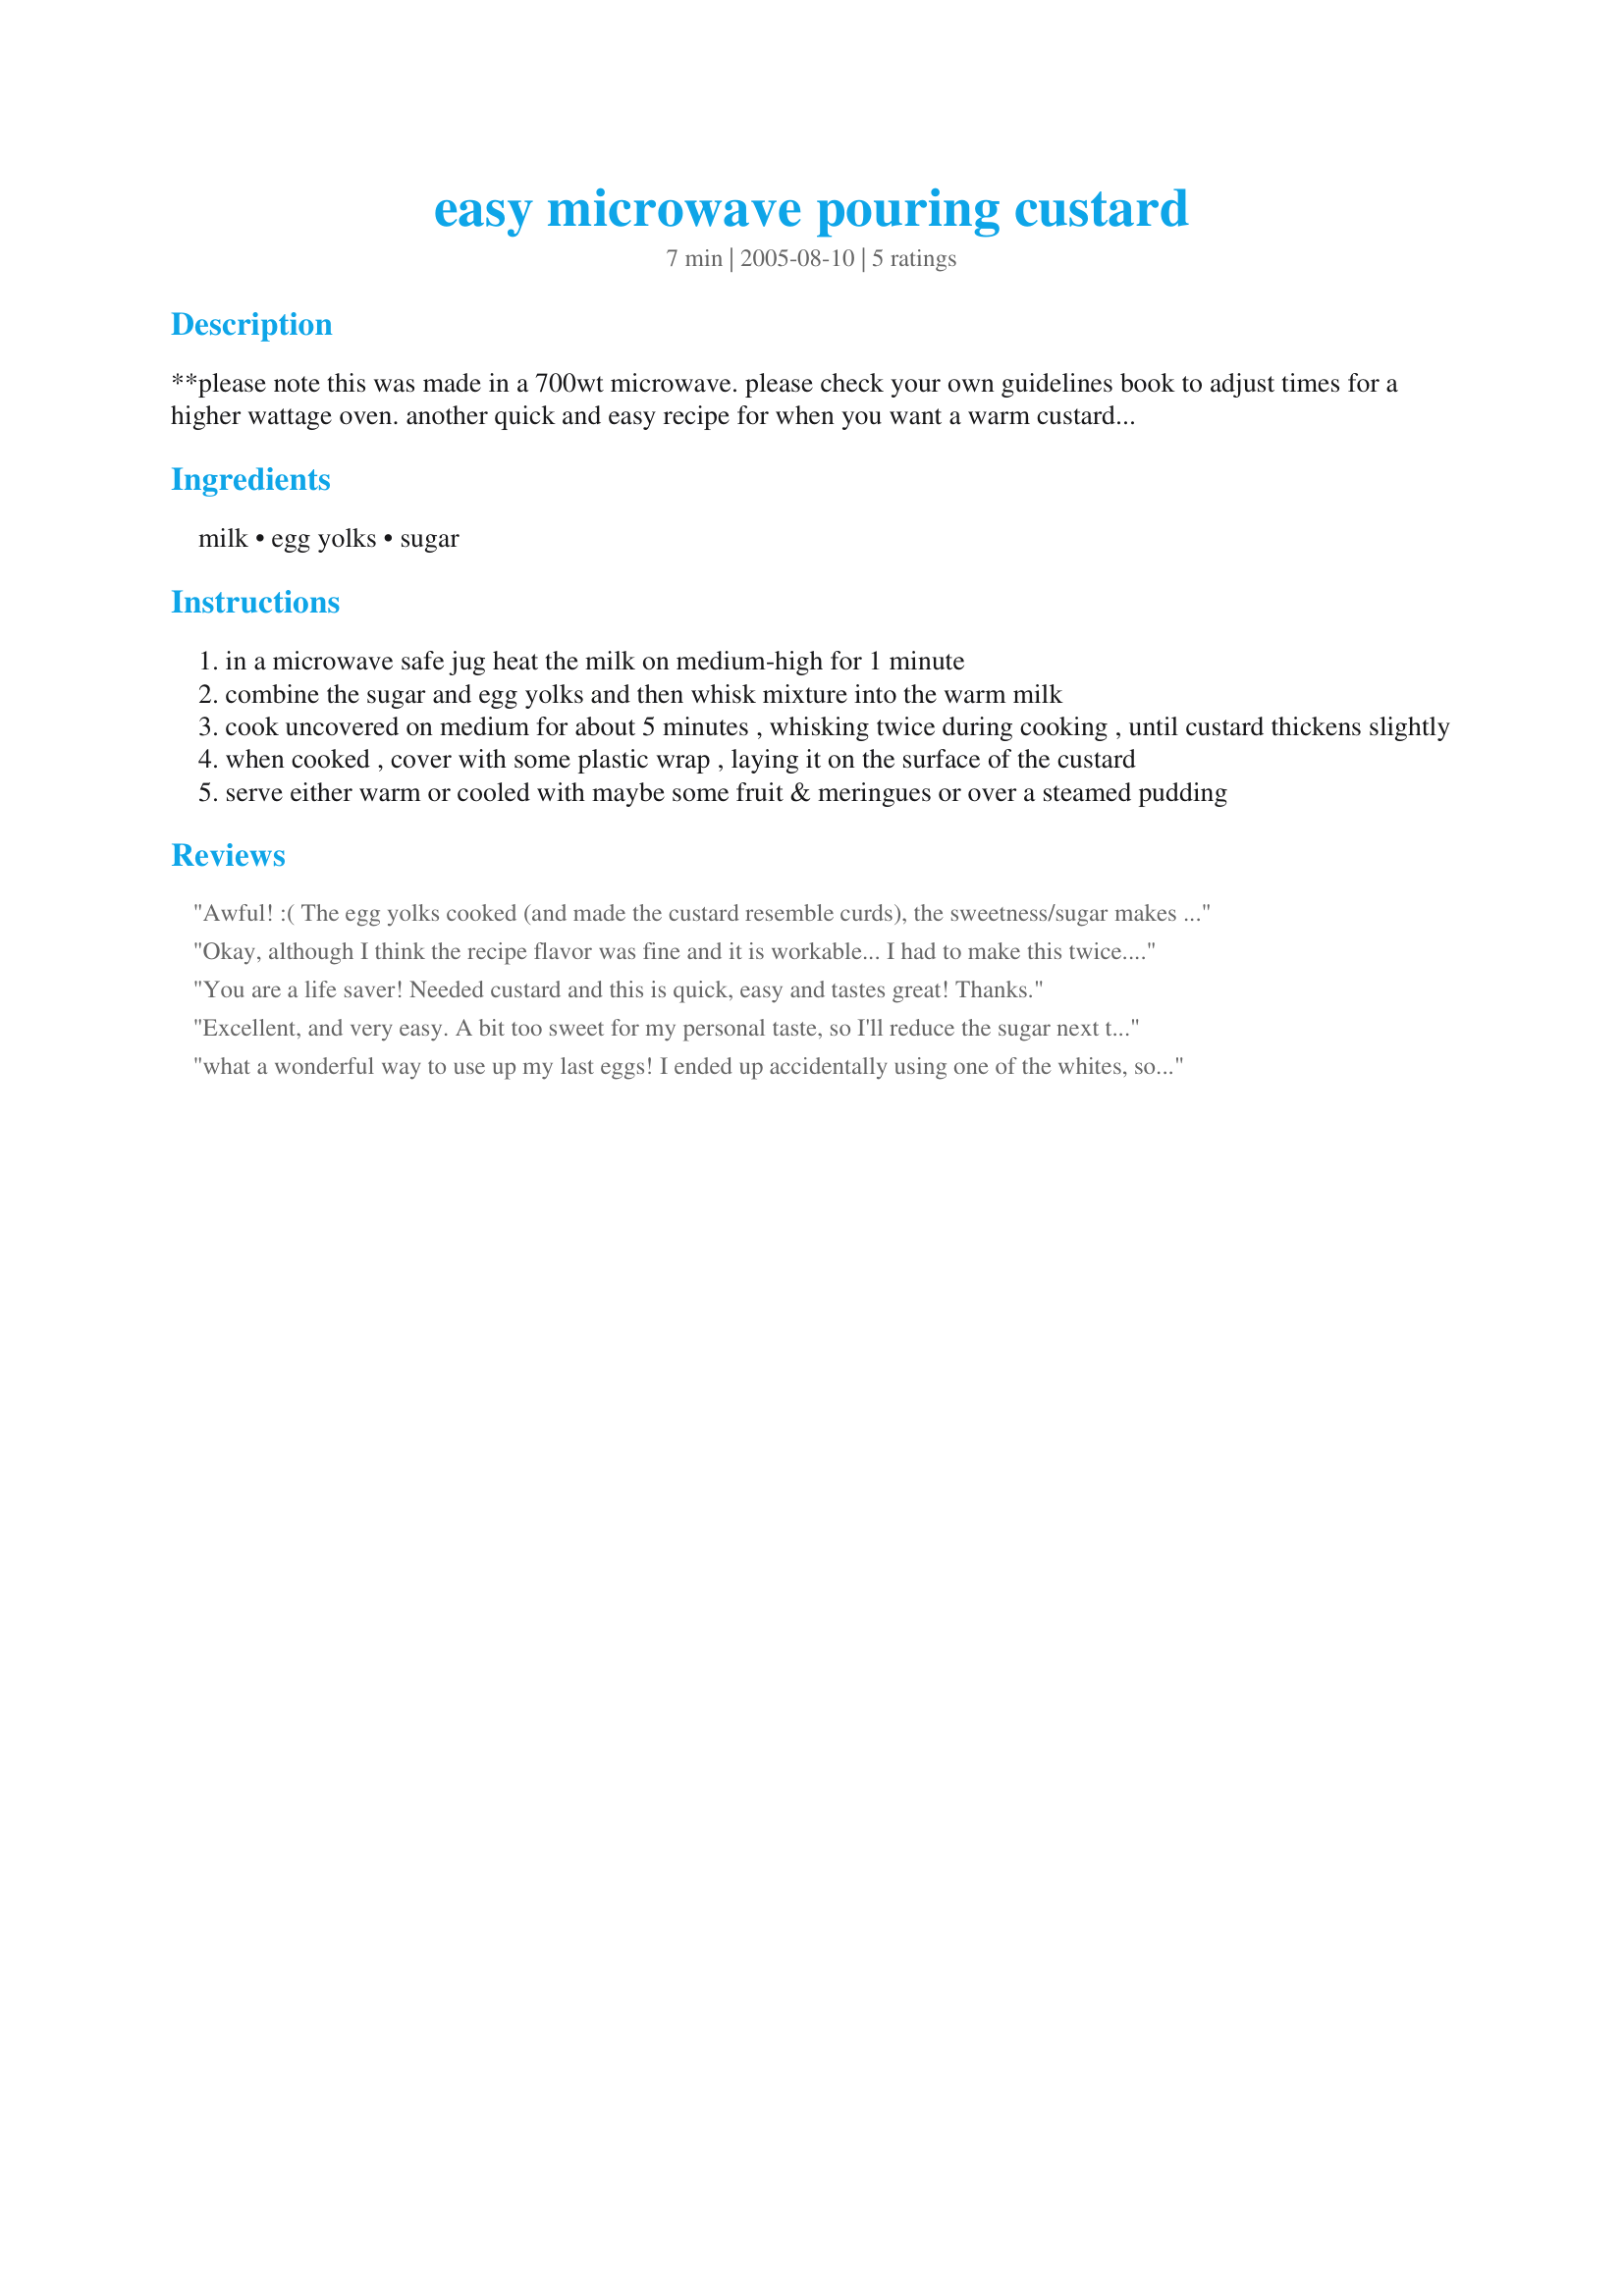
easy microwave pouring custard
Preparation time: 7 minutes

**please note this was made in a 700wt microwave. please check your own guidelines book to adjust times for a higher wattage oven.

another quick and easy recipe for when you want a warm custard without the hassle of milk sticking to the pot!!
you can also flavour this custard with vanilla or your favourite liqueur such as frangelico, kahlua, cointreau, brandy or rum :) a good way of using left over egg yolks from another recipe that calls for only the whites, or use the whites to make some small meriingues to have with the custard and maybe some fruit:)

Ingredients:
milk, egg yolks, sugar

Steps:
in a microwave safe jug heat the milk on medium-high for 1 minute
combine the sugar and egg yolks and then whisk mixture into the warm milk
cook uncovered on medium for about 5 minutes , whisking twice during cooking , until custard thickens slightly
when cooked , cover with some plastic wrap , laying it on the surface of the custard
serve either warm or cooled with maybe some fruit & meringues or over a steamed pudding

Reviews:
Awful! :(
The egg yolks cooked (and made the custard resemble curds), the sweetness/sugar makes the custard inedible.
Did not thicken adequately so I needed to use corn flour anyway - I may as well have used a tried and trusted recipe because that's what I had to do in the end. :(
Okay, although I think the recipe flavor was fine and it is workable... I had to make this twice. The first time I did as instructed and mine, too, curdled. I suspect because custard is not supposed to get above 180 degrees and my microwave is a 1250 watter! So I did it, again, at the 3 level for 5 minutes stirring twice, then at 1 minutes intervals stirring after each minute, until it thickened to what I thought was adequate. This took another 5 minutes...10 total. If I try this, again, I will try the 4 level at 5 minutes, and add a minute at a time...but I decided to err on the side of caution after the first failure! :D And I did end up splashing a bit of vanilla, maybe 1/4 t in at the end. It was fine without, but I liked it better with the addition. Honestly, I think there should be a caveat for the wattage of your microwave and then this will be a good recipe for all comers.
You are a life saver! Needed custard and this is quick, easy and tastes great! Thanks.
Excellent, and very easy. A bit too sweet for my personal taste, so I'll reduce the sugar next time, I also added a few drops of vanilla essence. Great recipe, Jen T- thanks for sharing.
what a wonderful way to use up my last eggs! I ended up accidentally using one of the whites, so I added half a teaspoon of vanilla and made a more solid custard.
